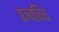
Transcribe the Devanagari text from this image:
पञ्चविधं